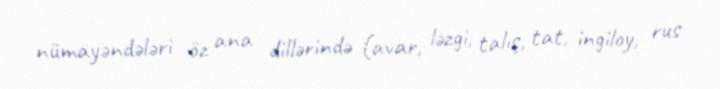
nümayəndələri öz ana dillərində (avar, ləzgi, talış, tat, ingiloy, rus